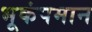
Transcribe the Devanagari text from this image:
भूकंपमान